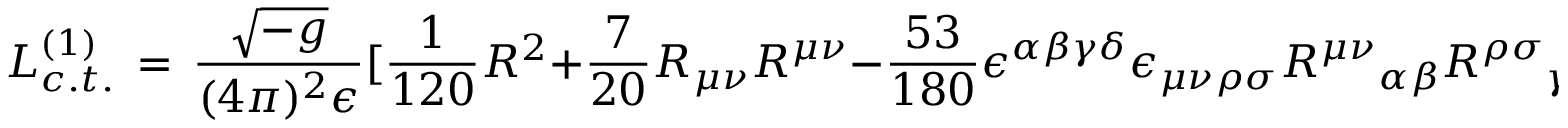
{ \cal L } _ { c . t . } ^ { ( 1 ) } \, = \, { \frac { \sqrt { - g } } { ( 4 \pi ) ^ { 2 } \epsilon } } \lbrack { \frac { 1 } { 1 2 0 } } R ^ { 2 } + { \frac { 7 } { 2 0 } } R _ { \mu \nu } R ^ { \mu \nu } - { \frac { 5 3 } { 1 8 0 } } \epsilon ^ { \alpha \beta \gamma \delta } \epsilon _ { \mu \nu \rho \sigma } { R ^ { \mu \nu } } _ { \alpha \beta } { R ^ { \rho \sigma } } _ { \gamma \delta } \rbrack